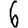
Digit: 6